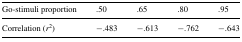
<table><thead><tr><td><b>Go-stimuli proportion</b></td><td><b>.50</b></td><td><b>.65</b></td><td><b>.80</b></td><td><b>.95</b></td></tr></thead><tbody><tr><td>Correlation (<i>r</i><sup>2</sup>)</td><td>−.483</td><td>−.613</td><td>−.762</td><td>−.643</td></tr></tbody></table>